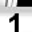
Digit: 1